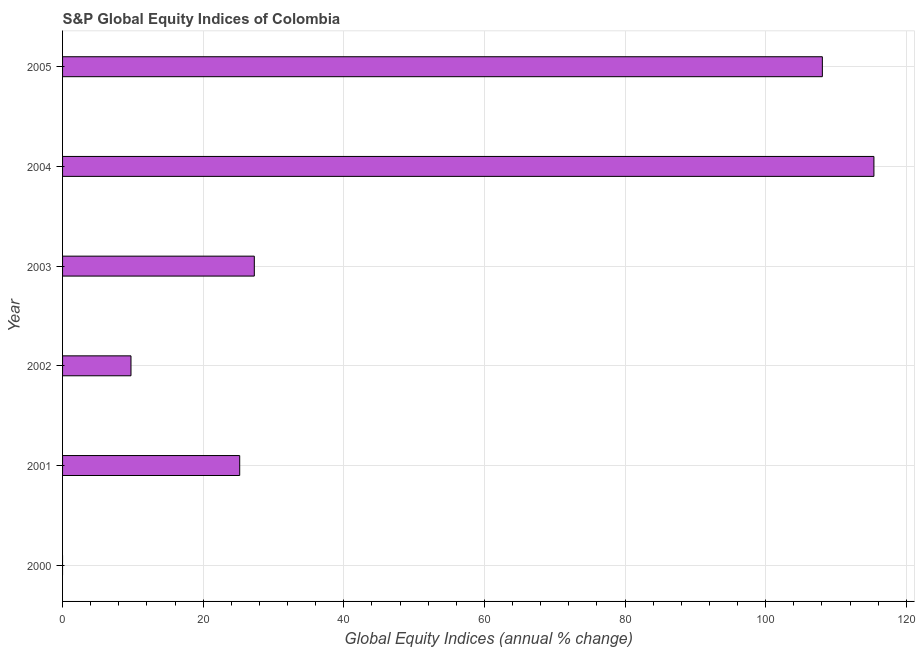
| Year | S&P Global Equity Indices |
 | --- | --- |
 | 2000 | -43.8 |
 | 2001 | 25.2 |
 | 2002 | 9.73 |
 | 2003 | 27.3 |
 | 2004 | 115 |
 | 2005 | 108 |